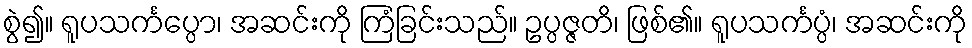
စွဲ၍။ ရူပသင်္ကပ္ပော၊ အဆင်းကို ကြံခြင်းသည်။ ဥပ္ပဇ္ဇတိ၊ ဖြစ်၏။ ရူပသင်္ကပ္ပံ၊ အဆင်းကို